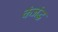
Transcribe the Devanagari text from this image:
कंजंद्ध